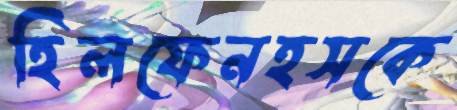
হিলফেনহসকে